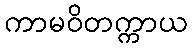
ကာမဝိတက္ကာယ